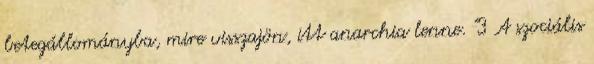
betegállományba, mire visszajön, itt anarchia lenne. "3 A szociális